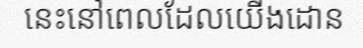
នេះនៅពេលដែលយើងដោន